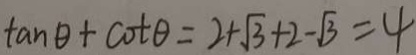
\tan \theta + \cot \theta = 2 + \sqrt { 3 } + 2 - \sqrt { 3 } = 4